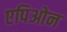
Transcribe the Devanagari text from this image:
एपिओन